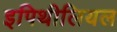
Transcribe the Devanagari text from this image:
इपिथीलियल